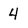
Character: 4